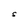
Character: S